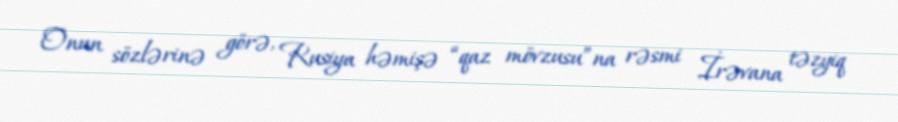
Onun sözlərinə görə, Rusiya həmişə “qaz mövzusu”na rəsmi İrəvana təzyiq